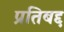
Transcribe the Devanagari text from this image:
प्रतिबद्द